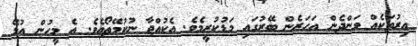
އިރުތަކެއް ވަންދެން އަހަރެން ބޭރުގައި މަޑުކުރީމެވެ. އެކުއްޖާ ނުކުމޭތޯއެވެ. އެ މީހުން އުޅޭ